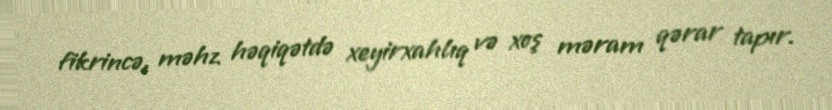
fikrincə, məhz həqiqətdə xeyirxahlıq və xoş məram qərar tapır.